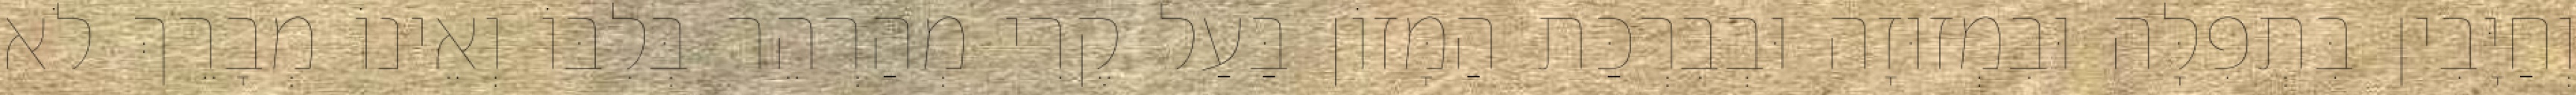
וְחַיָּבִין בִּתְפִלָּה וּבִמְזוּזָה וּבְבִרְכַּת הַמָּזוֹן בַּעַל קֶרִי מְהַרְהֵר בְּלִבּוֹ וְאֵינוֹ מְבָרֵךְ לֹא